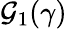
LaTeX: \mathcal{G}_{1}(\gamma)